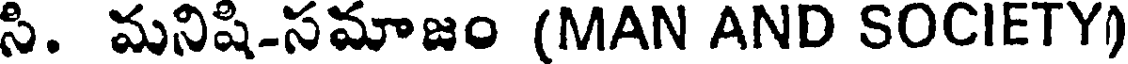
సి. మనిషి-సమాజం (MAN AND SOCIETY)